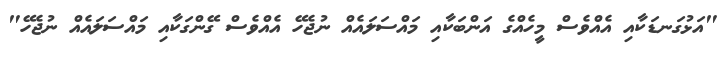
"އަޅުގަނޑަކާއި އެއްވެސް މީހެއްގެ އަންބަކާއި މައްސަލައެއް ނުޖެހޭ އެއްވެސް ގޭންގަކާއި މައްސަލައެއް ނުޖެހޭ"